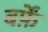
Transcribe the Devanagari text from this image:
बर्फ़ें